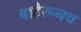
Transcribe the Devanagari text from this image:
बाहेरूनच